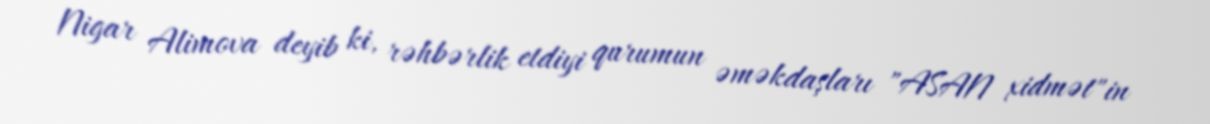
Nigar Alimova deyib ki, rəhbərlik etdiyi qurumun əməkdaşları "ASAN xidmət"in